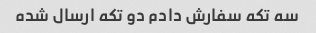
سه تکه سفارش دادم دو تکه ارسال شده